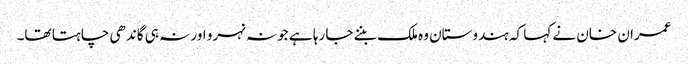
عمران خان نے کہا کہ ہندوستان وہ ملک بننے جا رہا ہے جو نہ نہرو اور نہ ہی گاندھی چاہتا تھا۔